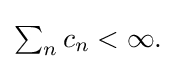
{\textstyle \sum _{n}c_{n}<\infty .}